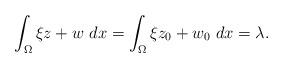
LaTeX: \begin{align*} \int_\Omega \xi z+ w\ dx=\int_\Omega \xi z_0+ w_0\ dx=\lambda. \end{align*}